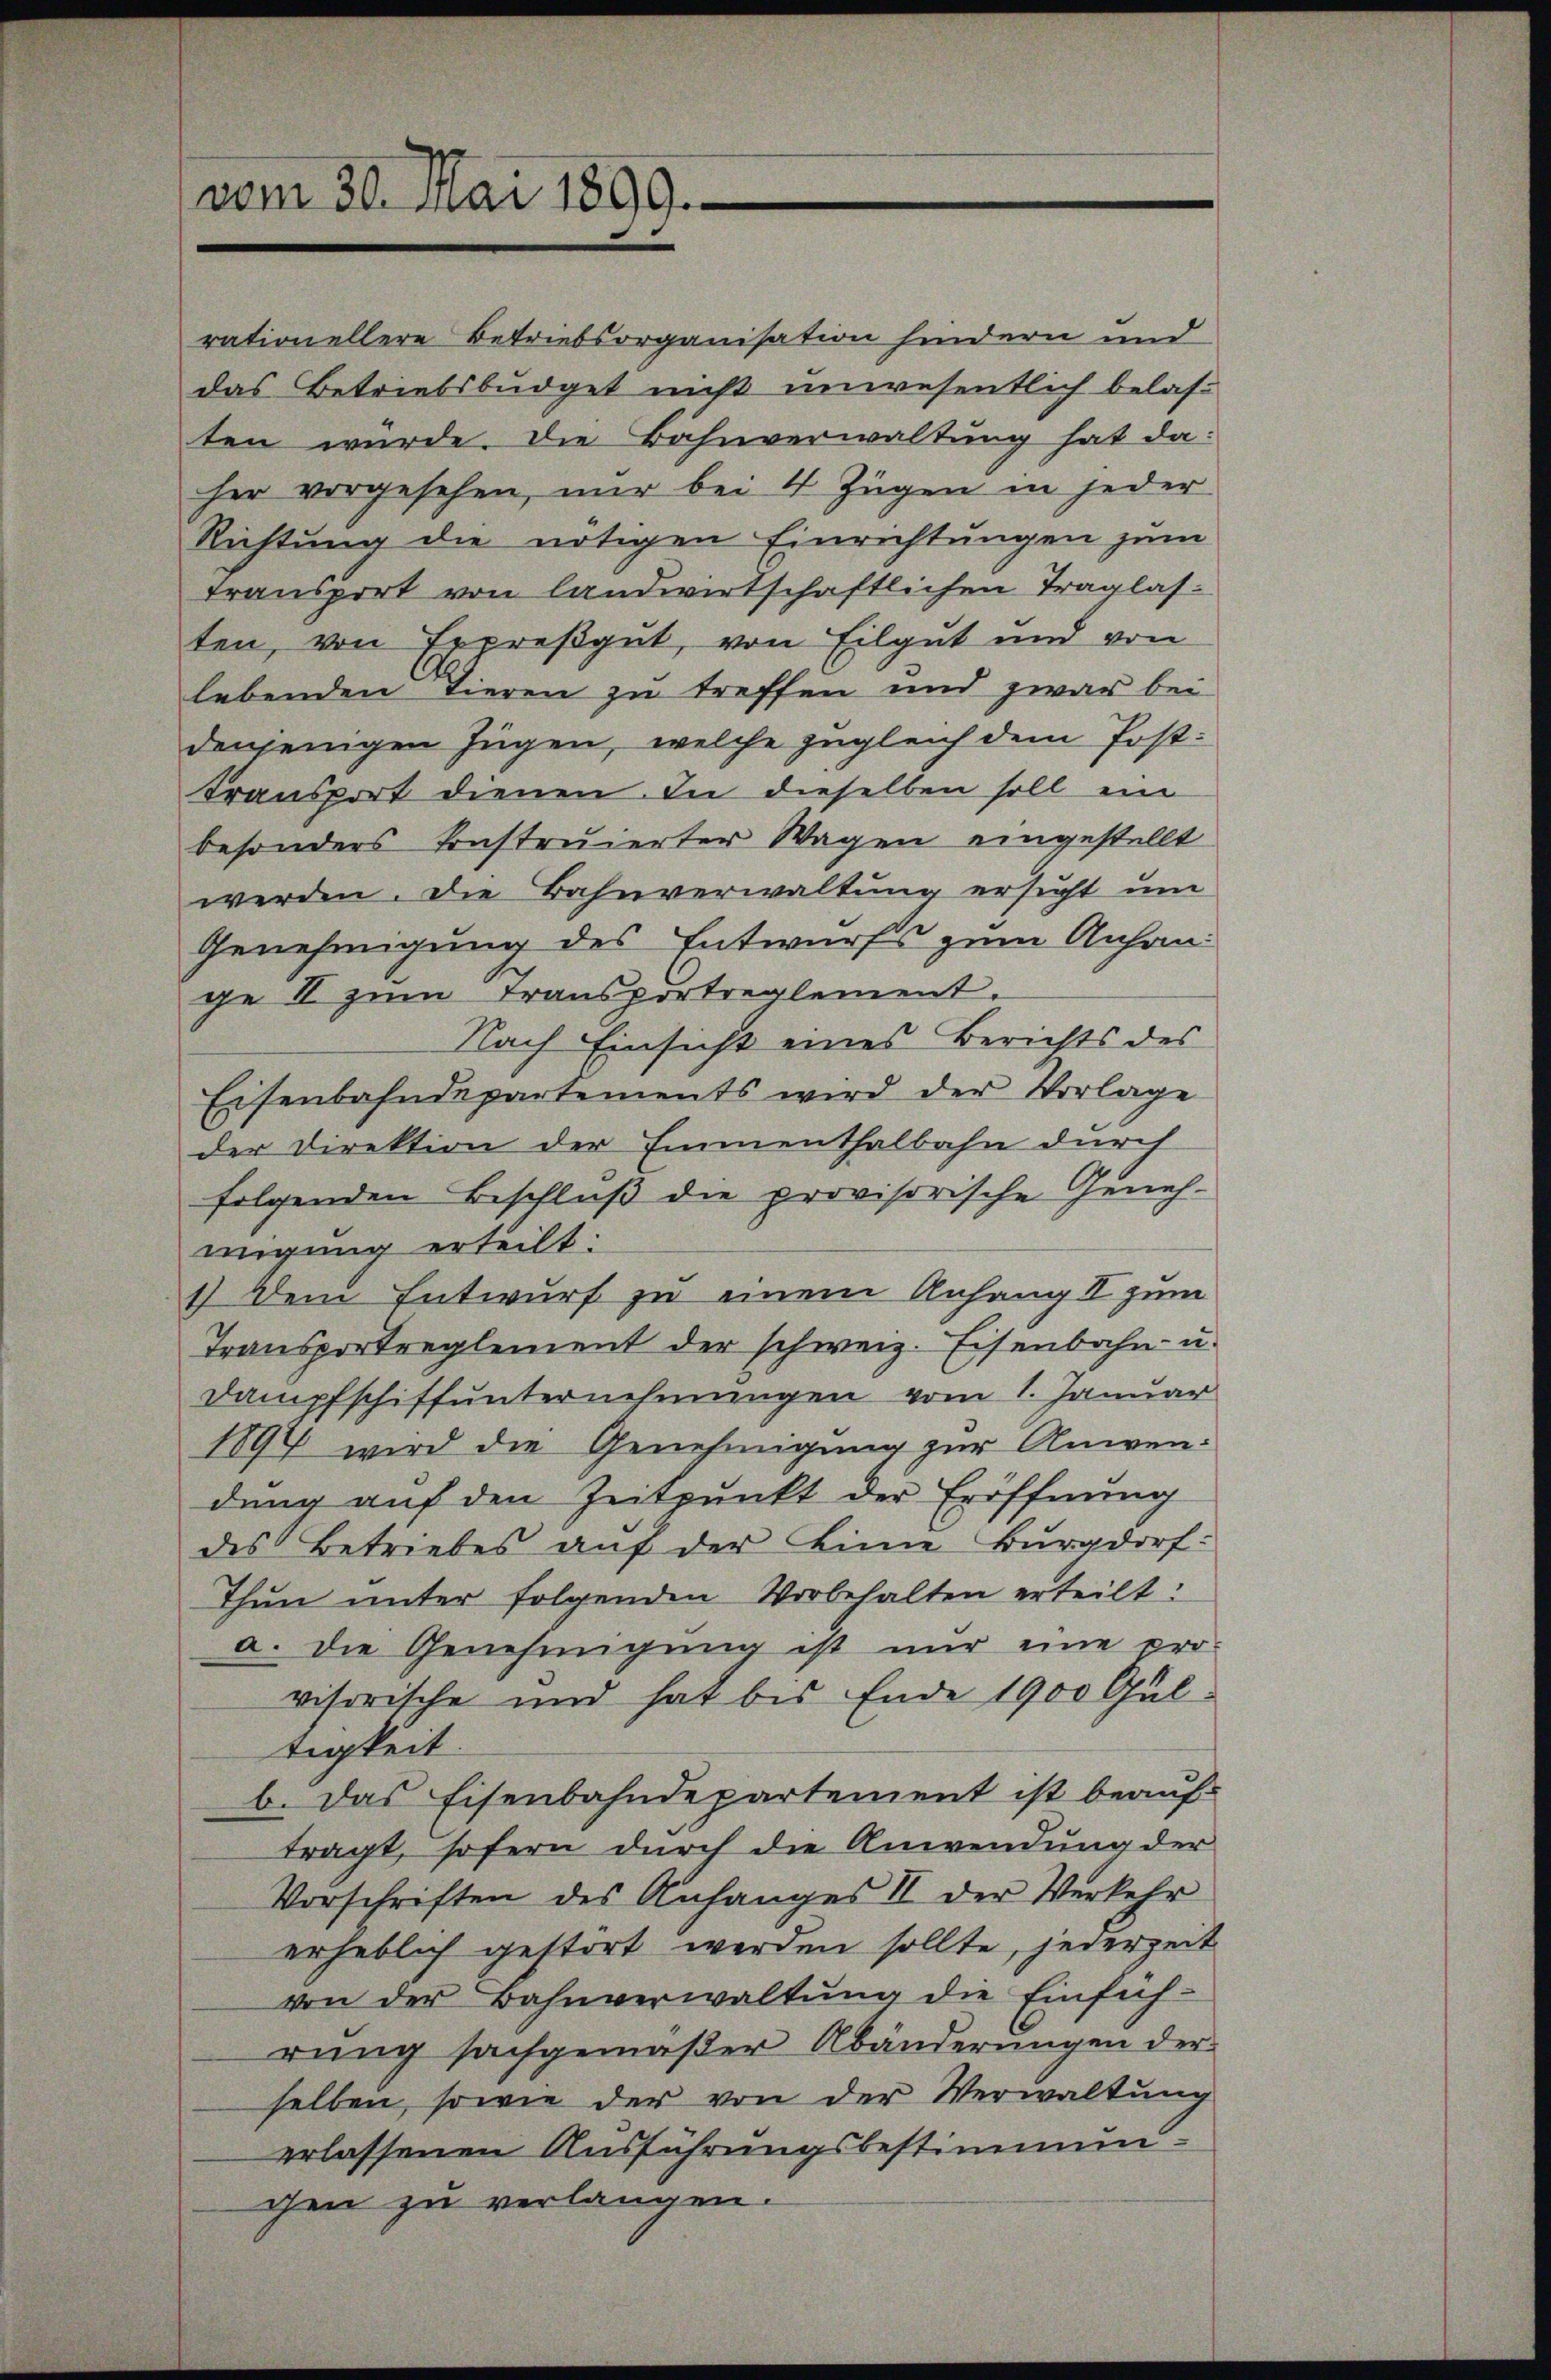
vom 30. Mai 1899.

rationellere Betriebsorganisation hindern und
das Betriebsbüdget nicht unwesentlich belasten wurde. Die Bahnverwaltung hat daher vorgesehen, nur bei 4 Zügen in jeder
Richtung die nötigen Einrichtungen zum
transport von landwirtschaftlichen Traglasten, von Expreßgut, von Eilgut und von
lebenden Tieren zu treffen und zwar bei
denjenigen Zügen, welche zugleich dem Posttransport dienen. In dieselben soll ein
besonders konstruierter Wagen eingestellt
werden. Die Bahnverwaltung ersucht um
Genehmigung des Entwurfs zum Anhange II zum Transportreglement.
Nach Einsicht eines Berichts des
Eisenbahndepartements wird der Vorlage
der Direktion der Emmenthalbahn durch
folgenden Beschluß die provisorische Genehmigung erteilt.
1.) Dem Entwurf zu einem Anhang II zum
Transportreglement der schweiz. Eisenbahn- u.
Dampfschiffunternehmungen vom 1. Januar
1894 wird die Genehmigung zur Anwendung auf den Zeitpunkt der Eröffnung
des Betriebes auf der Linie Burgdorf:
Thun unter folgenden Vorbehalten erteilt:
a. die Genehmigung ist nur eine pro-
visorische und hat bis Ende 1900 Gultigkeit.
b. Das Eisenbahndepartement ist beauftragt, sofern durch die Anwendung der
Vorschriften des Anfanges II der Verkehr
erheblich gestört werden sollte, jederzeit
von der Bahnverwaltung die Einfüh-
rung sachgemäßer Abänderungen der
selben, sowie der von der Verwaltung
erlassenen Ausführungsbestimmun
chen zu verlangen.